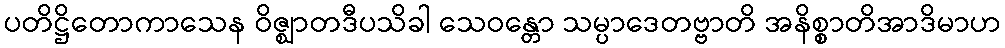
ပတိဋ္ဌိတောကာသေန ဝိဇ္ဈာတဒီပသိခါ သေဝန္တော သမ္ပာဒေတဗ္ဗာတိ အနိစ္စာတိအာဒိမာဟ